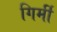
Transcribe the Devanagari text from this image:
गिर्मी